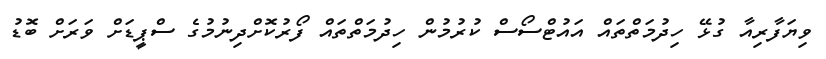
ވިޔަފާރިއާ ގުޅޭ ހިދުމަތްތައް އައުޓްސޯސް ކުރުމުން ހިދުމަތްތައް ފޯރުކޮށްދިނުމުގެ ސްޕީޑަށް ވަރަށް ބޮޑު